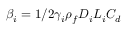
\beta _ { i } = 1 / 2 \gamma _ { i } \rho _ { f } D _ { i } L _ { i } C _ { d }